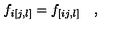
f _ { i [ j , l ] } = f _ { [ i j , l ] } \quad ,